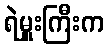
ရဲမှူးကြီးက